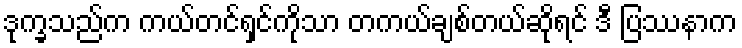
ဒုက္ခသည်က ကယ်တင်ရှင်ကိုသာ တကယ်ချစ်တယ်ဆိုရင် ဒီ ပြဿနာက